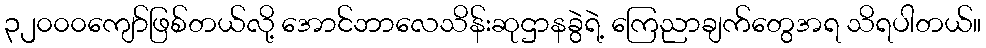
၃၂၀၀၀ကျော်ဖြစ်တယ်လို့ အောင်ဘာလေသိန်းဆုဌာနခွဲရဲ့ ကြေညာချက်တွေအရ သိရပါတယ်။